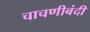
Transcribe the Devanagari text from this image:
चाचणीबंदी